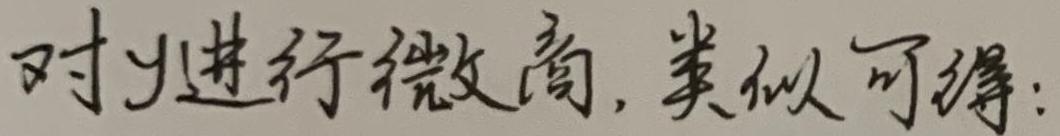
对y进行微商, 类似可得: